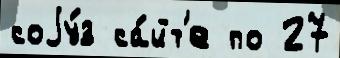
соjу́з са́йт'е по 27